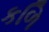
કળિ